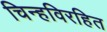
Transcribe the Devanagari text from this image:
चिन्हविरहित